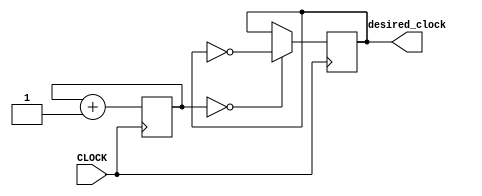
`timescale 1ns / 1ps
//////////////////////////////////////////////////////////////////////////////////
// Company: 
// Engineer: 
// 
// Design Name: 
// Module Name: clock_divider
// Project Name: 
// Target Devices: 
// Tool Versions: 
// Description: 
// 
// Dependencies: 
// 
// Revision:
// Revision 0.01 - File Created
// Additional Comments:
// 
//////////////////////////////////////////////////////////////////////////////////


module clock_divider(input CLOCK, output reg desired_clock = 0);
    reg [8:0] count = 0;
    
    always @ (posedge CLOCK)
    begin
        count <= count + 1;
        desired_clock <= (count == 0)? ~desired_clock : desired_clock;
    end
    
endmodule